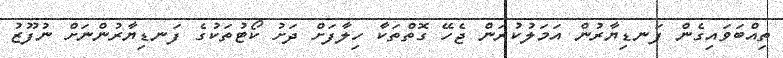
ތިއްބަވައިގެން ފަނޑިޔާރުން އަމަލުކުރަން ޖެހޭ ގޮތްތަކާ ހިލާފަށް ދަށު ކޯޓުތަކުގެ ފަނޑިޔާރުންނަށް ނުފޫޒު